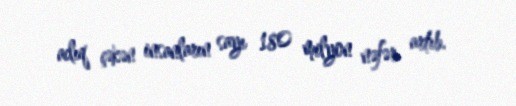
aclıq çəkən insanların sayı 180 milyon nəfər artıb.